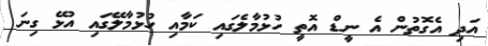
އަދި އެގޮތުން އެ ނީޑް އޮތީ ހުޅުމާލެގައި ކަމާއި ހުޅުމާލޭގައި އުޅޭ ގިނަ